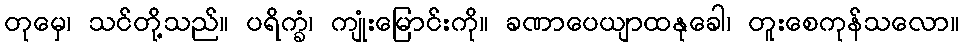
တုမှေ၊ သင်တို့သည်။ ပရိက္ခံ၊ ကျုံးမြောင်းကို။ ခဏာပေယျာထနုခေါ၊ တူးစေကုန်သလော။